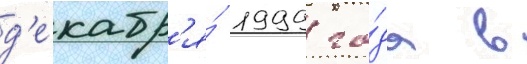
д'екабр'я́ 1999 го́да в